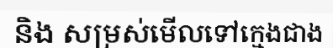
និង សម្រស់មើលទៅក្មេងជាង